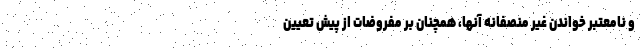
و نامعتبر خواندن غیر منصفانه آنها، همچنان بر مفروضات از پیش تعیین